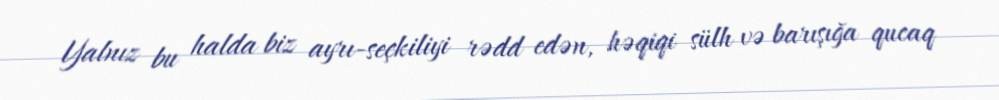
Yalnız bu halda biz ayrı-seçkiliyi rədd edən, həqiqi sülh və barışığa qucaq